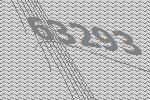
63293